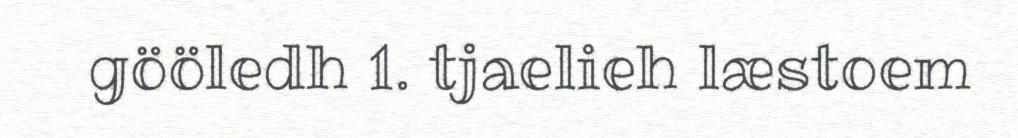
gööledh 1. tjaelieh læstoem